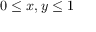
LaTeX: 0 \leq x , y \leq 1